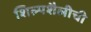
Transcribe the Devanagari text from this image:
शिल्पशैलीची